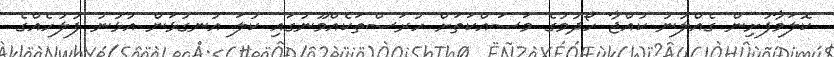
ކޮލަމާފުށިން ގެއްލުނު ކުއްޖާ ހޯދުމުގެ މަސައްކަތަށް ހުރަސްތަކެއްމޫނުގައި ކުލަ އުނގުޅަން އުޅުނު ފުލުހެއްގެ